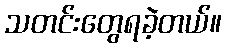
သတင်းတွေရခဲ့တယ်။